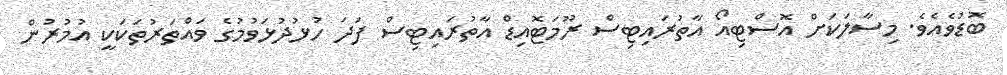
ބޮޑުވެއެވެ. މިސާލަކަށް އޮސްޓިއޯ އާތުރައިޓިސް ރޫމަޓޮއިޑް އާތުރައިޓިސް ފަދަ ހުޅުދުޅަވުމުގެ ވައްތަރުތަކަކީ އުމުރުން